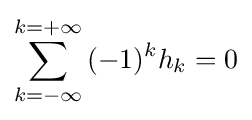
\sum _{k=-\infty }^{k=+\infty }{(-1)^{k}h_{k}=0}